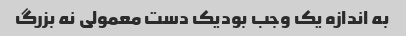
به اندازه یک وجب بودیک دست معمولی نه بزرگ